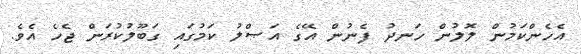
އެހެންކަމުން ލޮލުން ހަނދު ފެނުން އޭގެ އަޞްލު ކަމުގައި ގަބޫލުކުރަން ޖެހެ އެވެ.